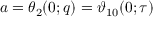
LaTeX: a = \theta _ { 2 } ( 0 ; q ) = \vartheta _ { 1 0 } ( 0 ; \tau )